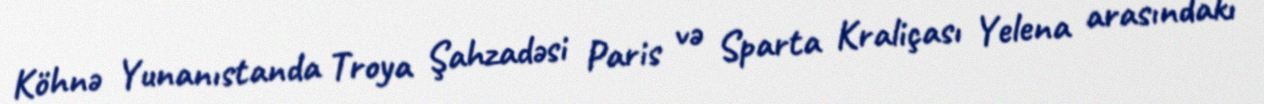
Köhnə Yunanıstanda Troya Şahzadəsi Paris və Sparta Kraliçası Yelena arasındakı